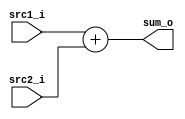
/***************************************************
Student Name: 
Student ID: 0511226
***************************************************/

`timescale 1ns/1ps

module Adder(
    input  [31:0] src1_i,
	input  [31:0] src2_i,
	output [31:0] sum_o
	);
    
/* Write your code HERE */
assign sum_o = src1_i + src2_i;


endmodule